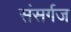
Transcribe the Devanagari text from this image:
संसर्गज